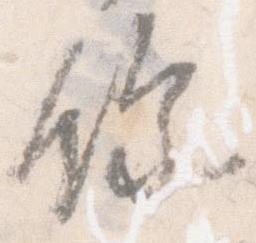
余